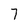
Character: 7